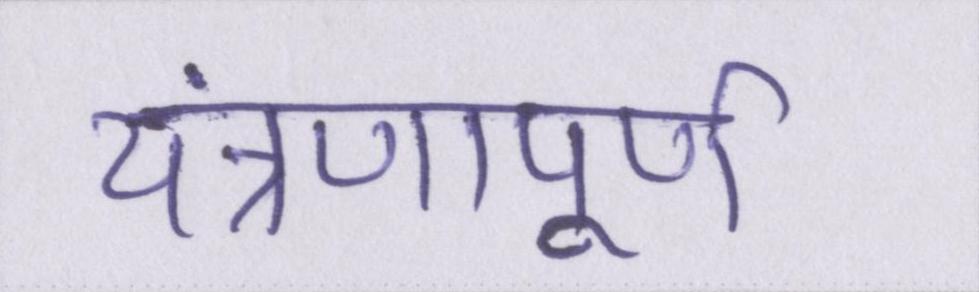
यंत्रणापूर्ण